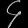
Digit: ၄